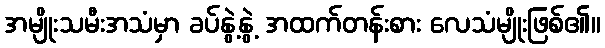
အမျိုးသမီးအသံမှာ ခပ်နွဲ့နွဲ့ အထက်တန်းစား လေသံမျိုးဖြစ်၏။